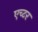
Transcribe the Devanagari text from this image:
एच्टर